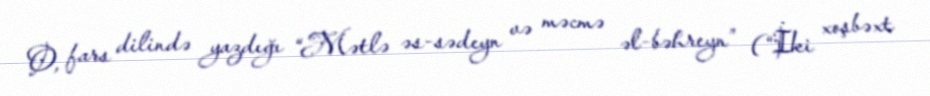
O, fars dilində yazdığı “Mətlə əs-sədeyn və məcmə əl-bəhreyn” (“İki xoşbəxt